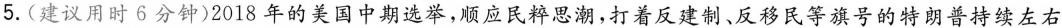
5.(建议用时6分钟)2018年的美国中期选举，顺应民粹思潮，打着反建制、反移民等旗号的特朗普持续左右